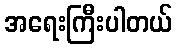
အရေးကြီးပါတယ်